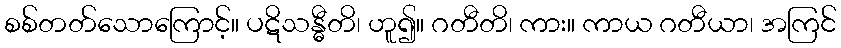
စစ်တတ်သောကြောင့်။ ပဋိသန္ဓီတိ၊ ဟူ၍။ ဂတီတိ၊ ကား။ ကာယ ဂတီယာ၊ အကြင်